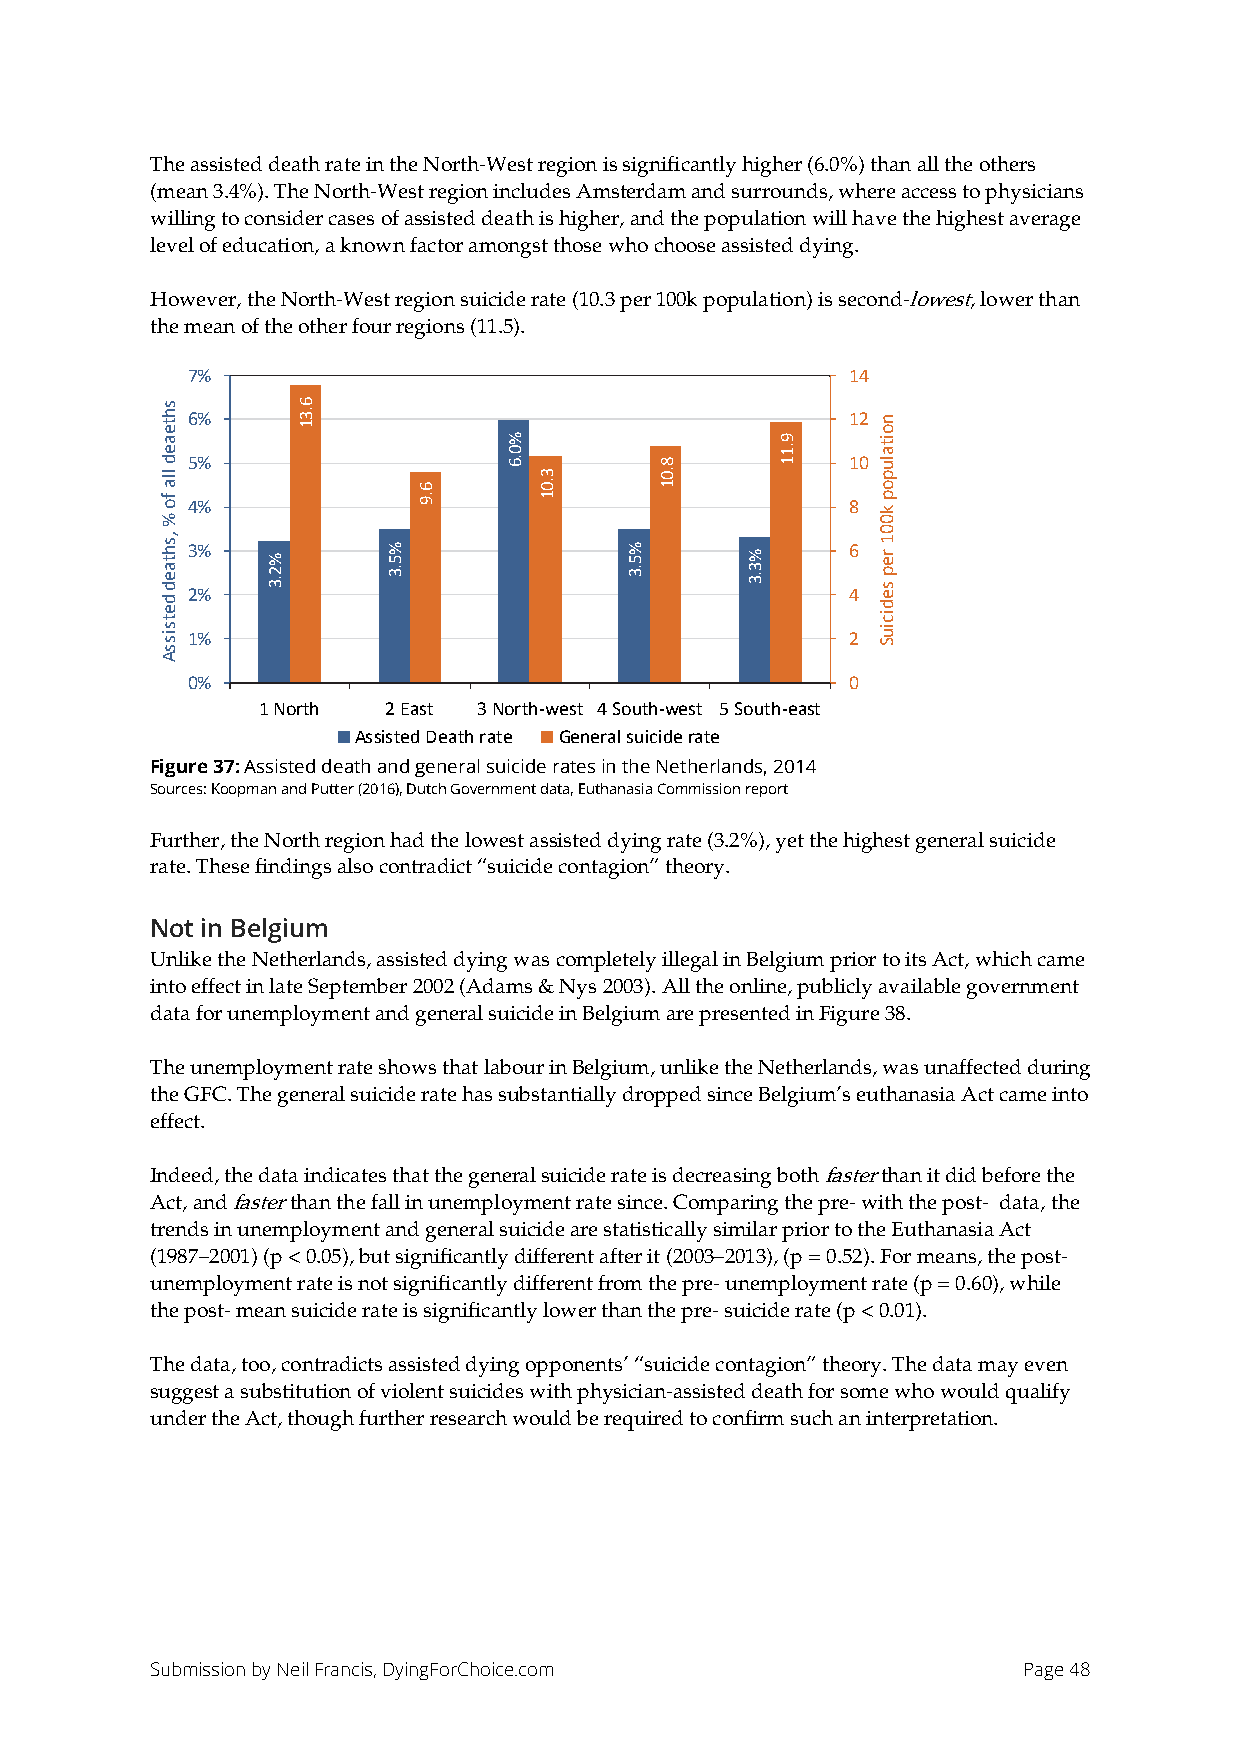
The assisted death rate in the North-West region is significantly higher (6.0%) than all the others
 (mean 3.4%). The North-West region includes Amsterdam and surrounds, where access to physicians
 willing to consider cases of assisted death is higher, and the population will have the highest average
 level of education, a known factor amongst those who choose assisted dying.
 However, the North-West region suicide rate (10.3 per 100k population) is second-lowest, lower than
 the mean of the other four regions (11.5).
 7%                                          14
 6%                                          12
 5%                                          10
 4%                                          8
 3%                                          6
 2%                                          4
 1%                                          2
 0%                                          0
 1 North  2 East 3 North-west 4 South-west 5 South-east
 Assisted Death rate General suicide rate
 Figure 37: Assisted death and general suicide rates in the Netherlands, 2014
 Sources: Koopman and Putter (2016), Dutch Government data, Euthanasia Commission report
 Further, the North region had the lowest assisted dying rate (3.2%), yet the highest general suicide
 rate. These findings also contradict “suicide contagion” theory.
 Not in Belgium
 Unlike the Netherlands, assisted dying was completely illegal in Belgium prior to its Act, which came
 into effect in late September 2002 (Adams & Nys 2003). All the online, publicly available government
 data for unemployment and general suicide in Belgium are presented in Figure 38.
 The unemployment rate shows that labour in Belgium, unlike the Netherlands, was unaffected during
 the GFC. The general suicide rate has substantially dropped since Belgium’s euthanasia Act came into
 effect.
 Indeed, the data indicates that the general suicide rate is decreasing both faster than it did before the
 Act, and faster than the fall in unemployment rate since. Comparing the pre- with the post- data, the
 trends in unemployment and general suicide are statistically similar prior to the Euthanasia Act
 (1987–2001) (p < 0.05), but significantly different after it (2003–2013), (p = 0.52). For means, the post-
 unemployment rate is not significantly different from the pre- unemployment rate (p = 0.60), while
 the post- mean suicide rate is significantly lower than the pre- suicide rate (p < 0.01).
 The data, too, contradicts assisted dying opponents’ “suicide contagion” theory. The data may even
 suggest a substitution of violent suicides with physician-assisted death for some who would qualify
 under the Act, though further research would be required to confirm such an interpretation.
 Submission by Neil Francis, DyingForChoice.com            Page 48
 shteaed
 lla
 fo
 %
 ,shtaed
 detsissA
 %2.3
 6.31
 %5.3
 6.9
 %0.6
 3.01
 %5.3
 8.01
 %3.3
 9.11
 noitalupop
 k001
 rep
 sediciuS